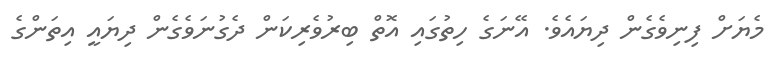
މެޔަށް ފިނިވެގެން ދިޔައެވެ. އޭނަގެ ހިތުގައި އޮތް ބިރުވެރިކަން ދެގުނަވެގެން ދިޔައީ އިތަންގެ